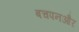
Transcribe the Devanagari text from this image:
बचपनऔर